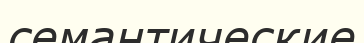
семантические